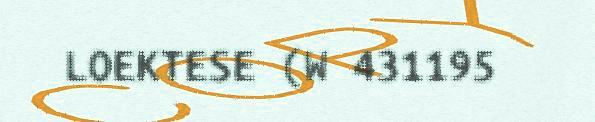
LOEKTESE (W 431195